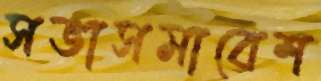
সভাসমাবেশ